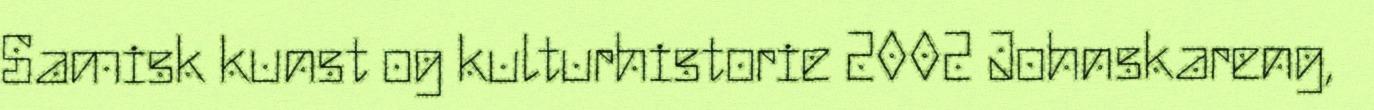
Samisk kunst og kulturhistorie 2002 Johnskareng,